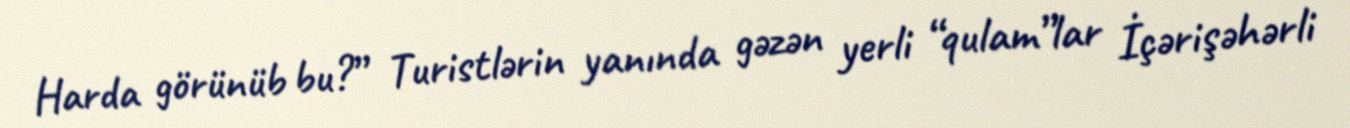
Harda görünüb bu?” Turistlərin yanında gəzən yerli “qulam”lar İçərişəhərli